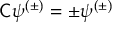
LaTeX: { \mathsf { C } } \psi ^ { ( \pm ) } = \pm \psi ^ { ( \pm ) }